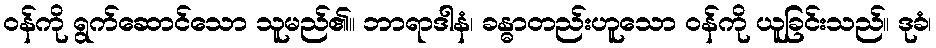
ဝန်ကို ရွက်ဆောင်သော သူမည်၏။ ဘာရာဒါနံ၊ ခန္ဓာတည်းဟူသော ဝန်ကို ယူခြင်းသည်။ ဒုခံ၊